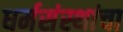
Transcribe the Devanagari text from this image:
धर्मसंस्थांचा